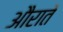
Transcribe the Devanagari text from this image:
औरातें